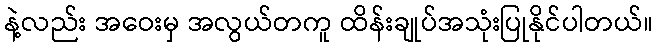
နဲ့လည်း အဝေးမှ အလွယ်တကူ ထိန်းချုပ်အသုံးပြုနိုင်ပါတယ်။